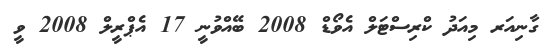
ގާނިއަރ މިއަދު ކްރިސްޓަލް އެވޯޑް 2008 ބޭއްވުނީ 17 އެޕްރީލް 2008 ވީ